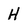
Character: H